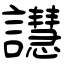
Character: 譿